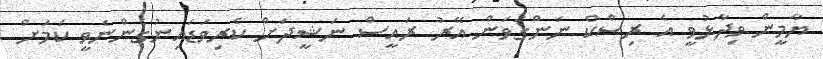
ޔާމީން ވިދާޅުވީ އެ ރިސްކް ނަންގަވަން އޭރު ރައީސް ނަޝީދަށް ކެރިވަޑައިނުގެންނެވީ ކަމަށް